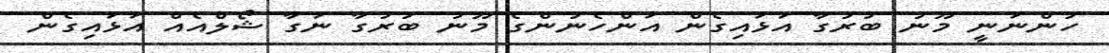
ހުންނަނީ މޫނު ބުރުގާ އަޅައިގެން އަންހެނުންގެ މޫނު ބުރުގާ ނަގާ ޝޯލްއެއް އަޅައިގެން